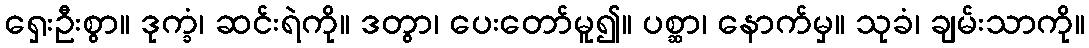
ရှေးဦးစွာ။ ဒုက္ခံ၊ ဆင်းရဲကို။ ဒတွာ၊ ပေးတော်မူ၍။ ပစ္ဆာ၊ နောက်မှ။ သုခံ၊ ချမ်းသာကို။